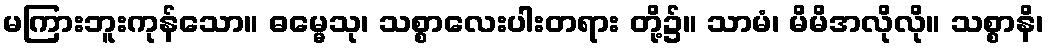
မကြားဘူးကုန်သော။ ဓမ္မေသု၊ သစ္စာလေးပါးတရား တို့၌။ သာမံ၊ မိမိအလိုလို။ သစ္စာနိ၊